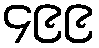
၄၉၉